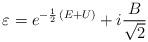
LaTeX: \begin{align*}\varepsilon=e^{-{1 \over 2}\,(E+U)}+i{B \over \sqrt{2}}\end{align*}